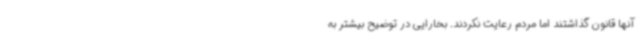
آنها قانون گذاشتند اما مردم رعایت نکردند. بخارایی در توضیح بیشتر به